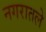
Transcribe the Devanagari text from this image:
नगरातले